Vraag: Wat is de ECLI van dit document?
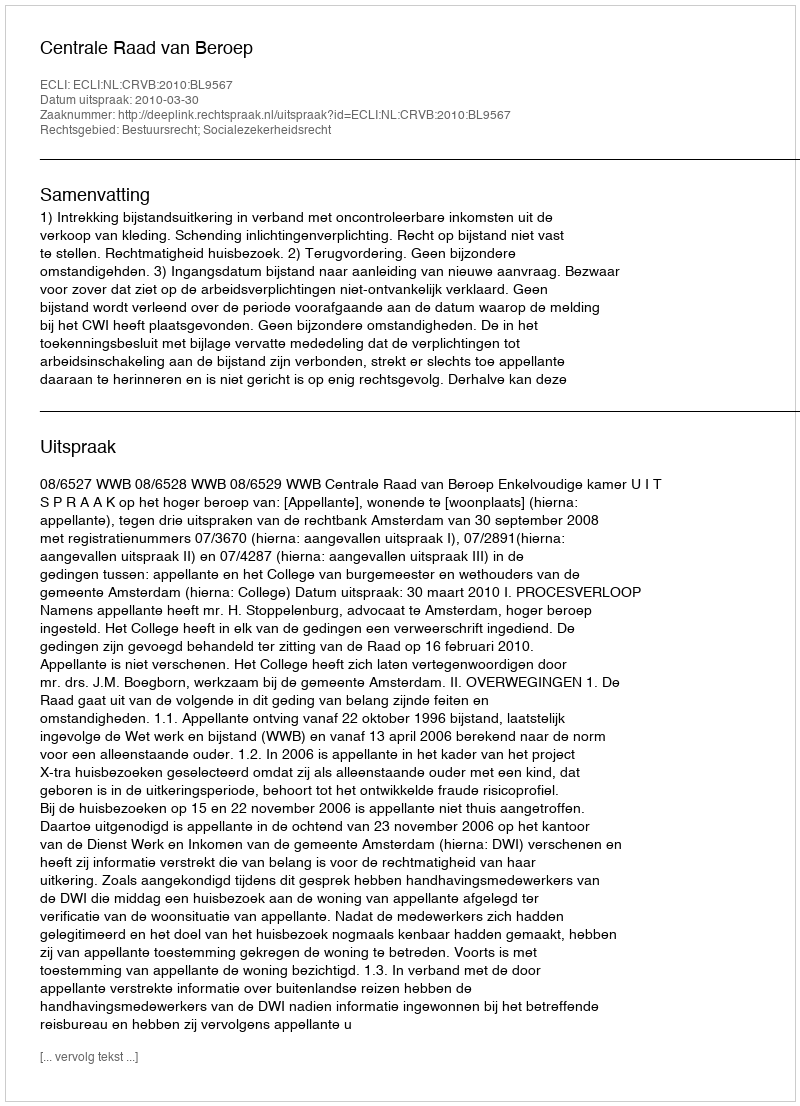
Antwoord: ECLI:NL:CRVB:2010:BL9567